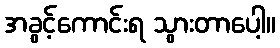
အခွင့်ကောင်းရ သွားတာပေါ့။